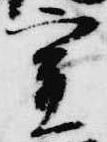
実